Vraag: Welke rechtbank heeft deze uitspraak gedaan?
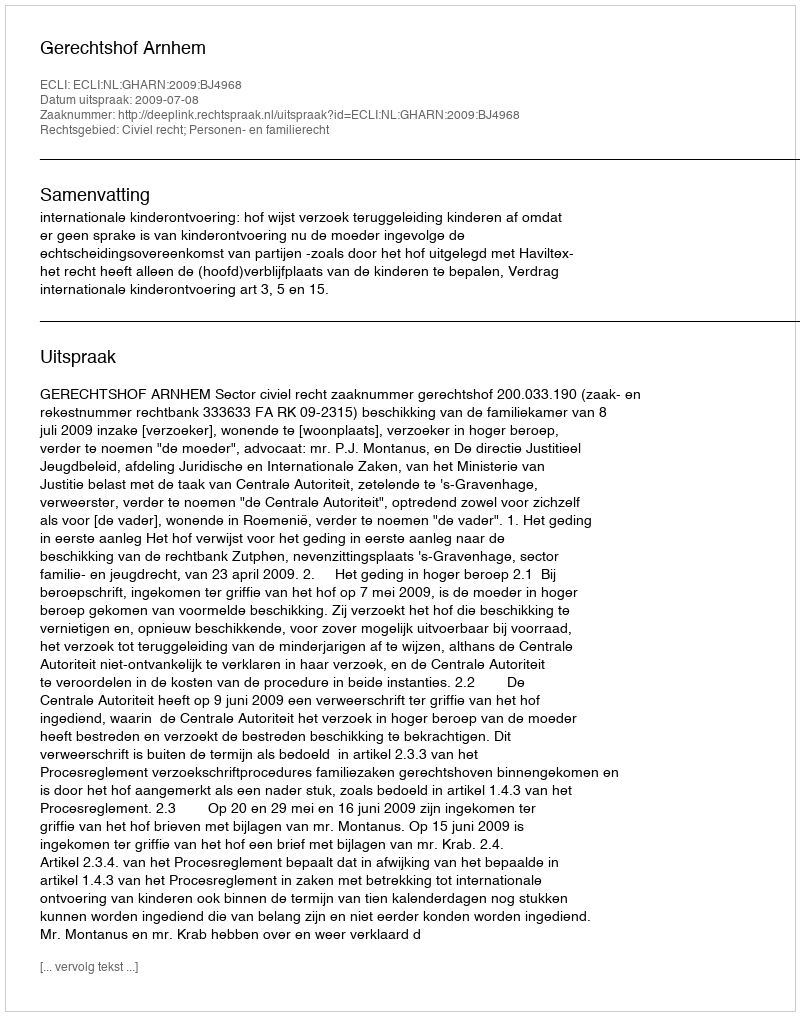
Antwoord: Gerechtshof Arnhem